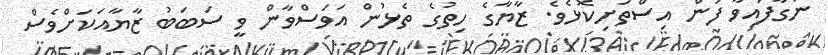
ނަގާފައިވާ ފަން އިސްތަށިކޮޅެވެ. ޒާޔާގެ ހިތުގެ ތެޅުން އަވަސްވާން ވީ ސަބަބު ޒާޔާއަކަށްވެސް